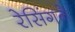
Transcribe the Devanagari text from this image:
रेसिंगने